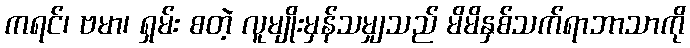
ကရင်၊ ဗမာ၊ ရှမ်း စတဲ့ လူမျိုးမှန်သမျှသည် မိမိနှစ်သက်ရာဘာသာကို